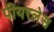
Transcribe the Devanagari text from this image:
पीयरलेस